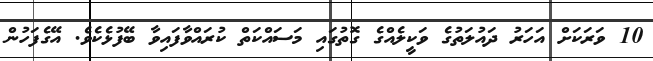
10 ވަރަކަށް އަހަރު ދައުލަތުގެ ވަކީލެއްގެ ގޮތުގައި މަސައްކަތް ކުރައްވާފައިވާ ބޭފުޅެކެވެ. އޭގެފަހުން